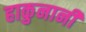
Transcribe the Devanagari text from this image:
हाकुनानी